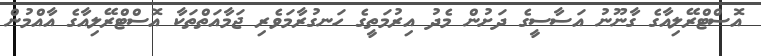
އޮސްޓްރޭލިއާގެ ގާނޫނު އަސާސީގެ ދަށުން މެދު އިރުމަތީގެ ހަނގުރާމަވެރި ޖަމާއަތްތަކާ އޮސްޓްރޭލިއާގެ އާއްމުން